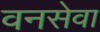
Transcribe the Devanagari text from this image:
वनसेवा